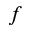
f